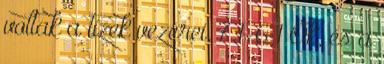
voltak a tízek vezérei. 7:1-6 1 Ők, és a